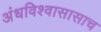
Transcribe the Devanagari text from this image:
अंधविश्वासासाच